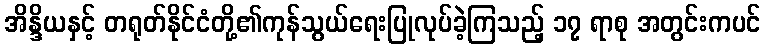
အိန္ဒိယနှင့် တရုတ်နိုင်ငံတို့၏ကုန်သွယ်ရေးပြုလုပ်ခဲ့ကြသည့် ၁၇ ရာစု အတွင်းကပင်